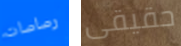
رصاصات حقيقى